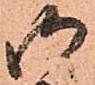
御